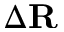
\Delta \mathbf { R }